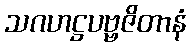
သဂဟဋ္ဌပဗ္ဗဇိတာနံ